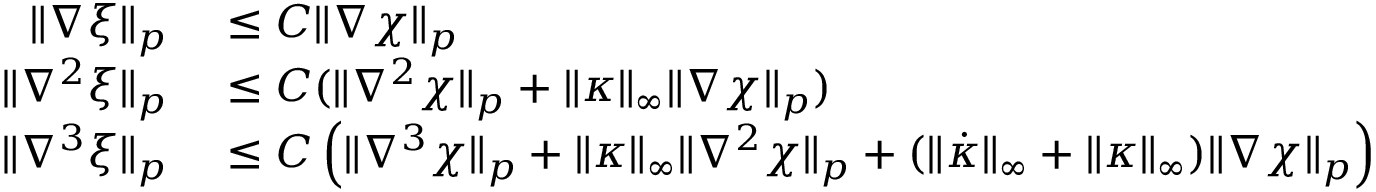
\begin{array} { r l } { \| \nabla \xi \| _ { p } } & { { } \leq C \| \nabla \chi \| _ { p } } \\ { \| \nabla ^ { 2 } \xi \| _ { p } } & { { } \leq C ( \| \nabla ^ { 2 } \chi \| _ { p } + \| \kappa \| _ { \infty } \| \nabla \chi \| _ { p } ) } \\ { \| \nabla ^ { 3 } \xi \| _ { p } } & { { } \leq C \left( \| \nabla ^ { 3 } \chi \| _ { p } + \| \kappa \| _ { \infty } \| \nabla ^ { 2 } \chi \| _ { p } + ( \| \dot { \kappa } \| _ { \infty } + \| \kappa \| _ { \infty } ) \| \nabla \chi \| _ { p } \right) } \end{array}